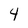
Character: 4